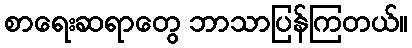
စာရေးဆရာတွေ ဘာသာပြန်ကြတယ်။